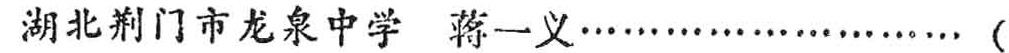
湖北荆门市龙泉中学 蒋一义……（